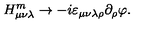
H _ { \mu \nu \lambda } ^ { m } \to - i \varepsilon _ { \mu \nu \lambda \rho } \partial _ { \rho } \varphi .